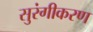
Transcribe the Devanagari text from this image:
सुरंगीकरण